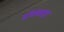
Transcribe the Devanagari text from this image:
यॉर्कशाइर